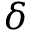
\delta